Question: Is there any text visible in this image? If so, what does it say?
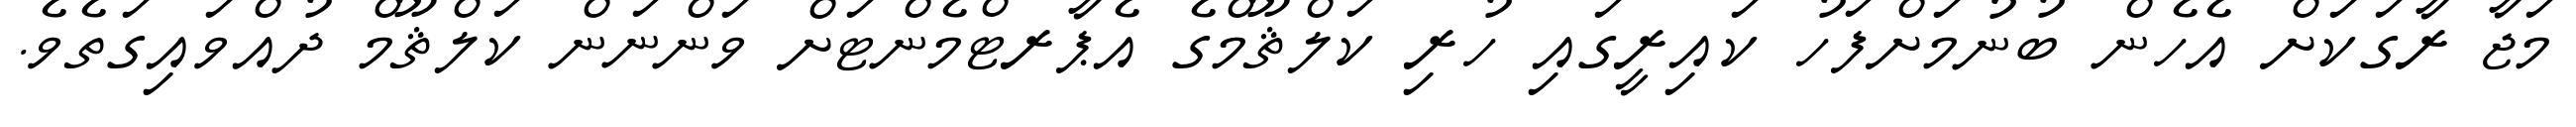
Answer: މަޖާ ރާގަކަށް އެހެން ބުނުމަށްފަހު ކައިރީގައި ހުރި ކަލްޘޫމްގެ އެޕާރޓްމެންޓަށް ވަންނަން ކަލްޘޫމް ދުއްވައިގަތެވެ.